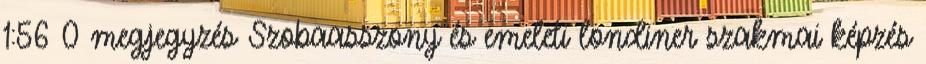
1:56 0 megjegyzés Szobaasszony és emeleti londiner szakmai képzés